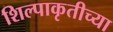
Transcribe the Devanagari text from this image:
शिल्पाकृतीच्या